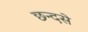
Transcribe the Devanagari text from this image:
छन्दसे